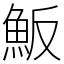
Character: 魬